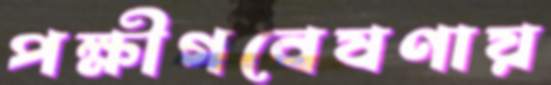
পক্ষীগবেষণায়